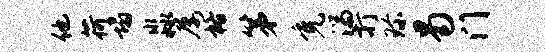
他荷塌淼屡格第免湍打珍曷门